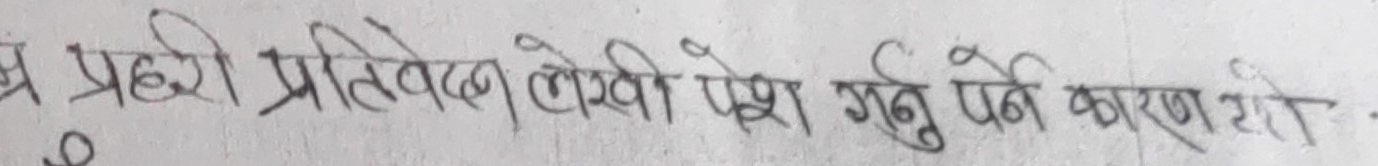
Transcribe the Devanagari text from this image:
प्रहरी प्रतिवेदन लेखि पेश गर्नु पर्ने कारण रों ।